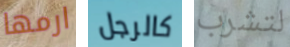
ارمها كالرجل لتشرب